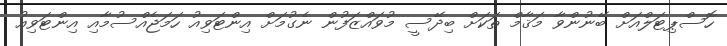
ހޮސްޕިޓަލްއަށް ބޭނުންވާ މަޤާމް ތަކަށް ބިދޭސީ މުވައްޒަފުން ނެގުމަށް އިންޓަވިއު ހަމަޖެއްސުމާއި އިންޓަވިއު